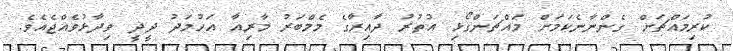
ކުރިމައްޗަށް ގެންނާނެކަމަށް މައްޗަންގޯޅި އުތުރު ދާއިރާގެ މެމްބަރު މާރިއާ އަހުމަދު ދީދީ ވިދާޅުވެއްޖެއެވެ.